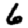
Digit: 6